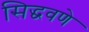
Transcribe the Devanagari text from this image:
सिद्धवणे